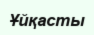
Ұйқасты